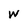
Character: W